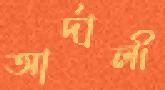
আর্দালী